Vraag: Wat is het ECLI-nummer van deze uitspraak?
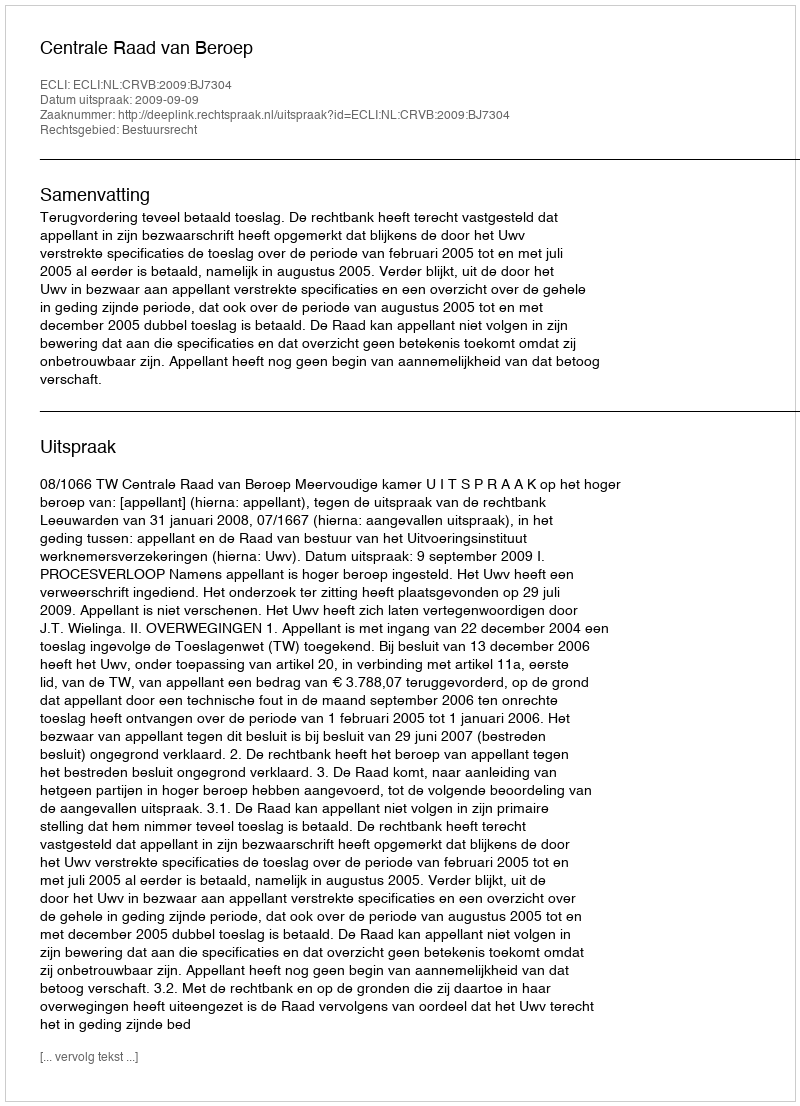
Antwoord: ECLI:NL:CRVB:2009:BJ7304